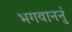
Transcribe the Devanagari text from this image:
भगवाननुं